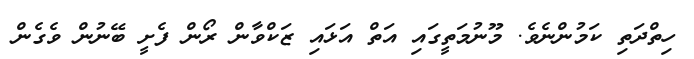
ހިތްދަތި ކަމުންނެވެ. މޫނުމަތީގައި އަތް އަޅައި ޒަކްވާން ރޯން ފެށީ ބޭނުން ވެގެން